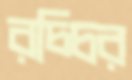
রচ্চির